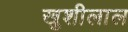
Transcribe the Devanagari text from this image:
खुशीलाल